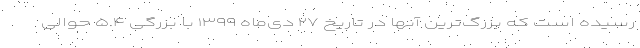
رسیده است که بزرگ‌ترین آنها در تاریخ ۲۷ دی‌ماه ۱۳۹۹ با بزرگی ۵.۴ حوالی